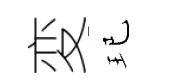
変玘